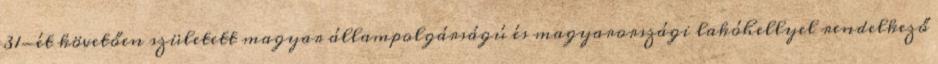
31-ét követően született magyar állampolgárságú és magyarországi lakóhellyel rendelkező